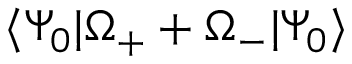
\langle \Psi _ { 0 } | \Omega _ { + } + \Omega _ { - } | \Psi _ { 0 } \rangle